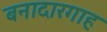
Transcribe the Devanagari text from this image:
बनादारगाह